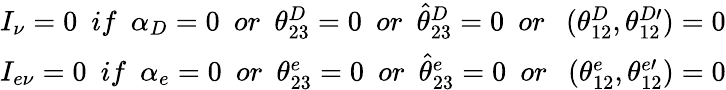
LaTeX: \begin{array}{l}{{I_{\nu}=0~\ if~\ \alpha_{D}=0~\ or~\ \theta_{23}^{D}=0~\ or~\ \widehat{\theta}_{23}^{D}=0~\ or~\ ~(\theta_{12}^{D},\theta_{12}^{D\prime})=0}}\\ {{I_{e\nu}=0~\ if~\ \alpha_{e}=0~\ or~\ \theta_{23}^{e}=0~\ or~\ \widehat{\theta}_{23}^{e}=0~\ or~\ ~(\theta_{12}^{e},\theta_{12}^{e\prime})=0}}\end{array}